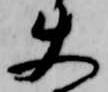
使